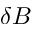
\delta B